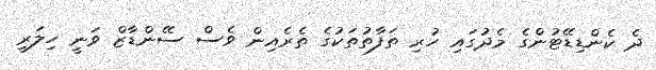
ދެ ކެންޑިޑޭޓުންގެ މެދުގައި ހުރި ތަފާތުތަކުގެ ތެރެއިން ވެސް ސޭންޑާޒް ވަނީ ހިލަރީ